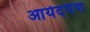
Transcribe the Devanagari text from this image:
आर्यदर्पण